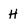
Character: H